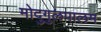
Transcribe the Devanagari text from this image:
मोदुगुलपालम